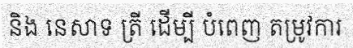
និង នេសាទ ត្រី ដើម្បី បំពេញ តម្រូវការ